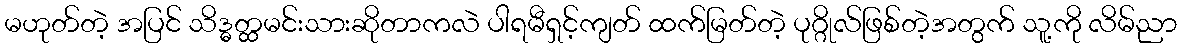
မဟုတ်တဲ့ အပြင် သိဒ္ဓတ္ထမင်းသားဆိုတာကလဲ ပါရမီရှင့်ကျတ် ထက်မြတ်တဲ့ ပုဂ္ဂိုလ်ဖြစ်တဲ့အတွက် သူ့ကို လိမ်ညာ